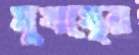
মুখস্থের